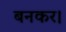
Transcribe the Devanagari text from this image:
बनकर।